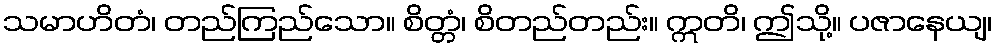
သမာဟိတံ၊ တည်ကြည်သော။ စိတ္တံ၊ စိတည်တည်း။ ဣတိ၊ ဤသို့။ ပဇာနေယျ၊